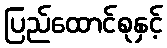
ပြည်ထောင်စုနှင့်